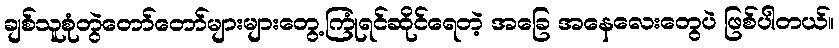
ချစ်သူစုံတွဲတော်တော်များများတွေ့ကြုံရင်ဆိုင်ရေတဲ့ အခြေ အနေလေးတွေပဲ ဖြစ်ပါတယ်။